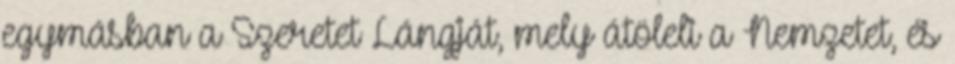
egymásban a Szeretet Lángját, mely átöleli a Nemzetet, és